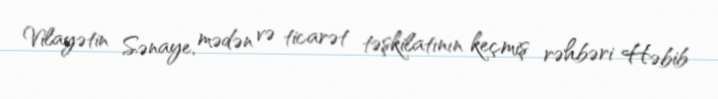
Vilayətin Sənaye, mədən və ticarət təşkilatının keçmiş rəhbəri Həbib